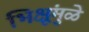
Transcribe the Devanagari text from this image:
भिक्षूंमुळे